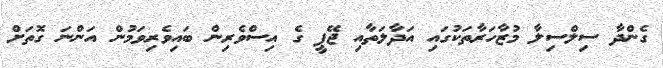
ގެންދާ ސިލްސިލާ މުޒާހަރާތަކުގައި އަދާލަތާއި ޖޭޕީ ގެ އިސްވެރިން ބައިވެރިވަމުން އަންނަ ގޮތަށް